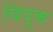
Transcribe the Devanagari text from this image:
बिंदूक